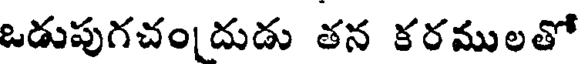
ఒడుపుగచం[దుడు తన కరములతో